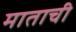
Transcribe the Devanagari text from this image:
माताची